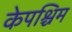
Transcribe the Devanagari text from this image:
केपश्चिम